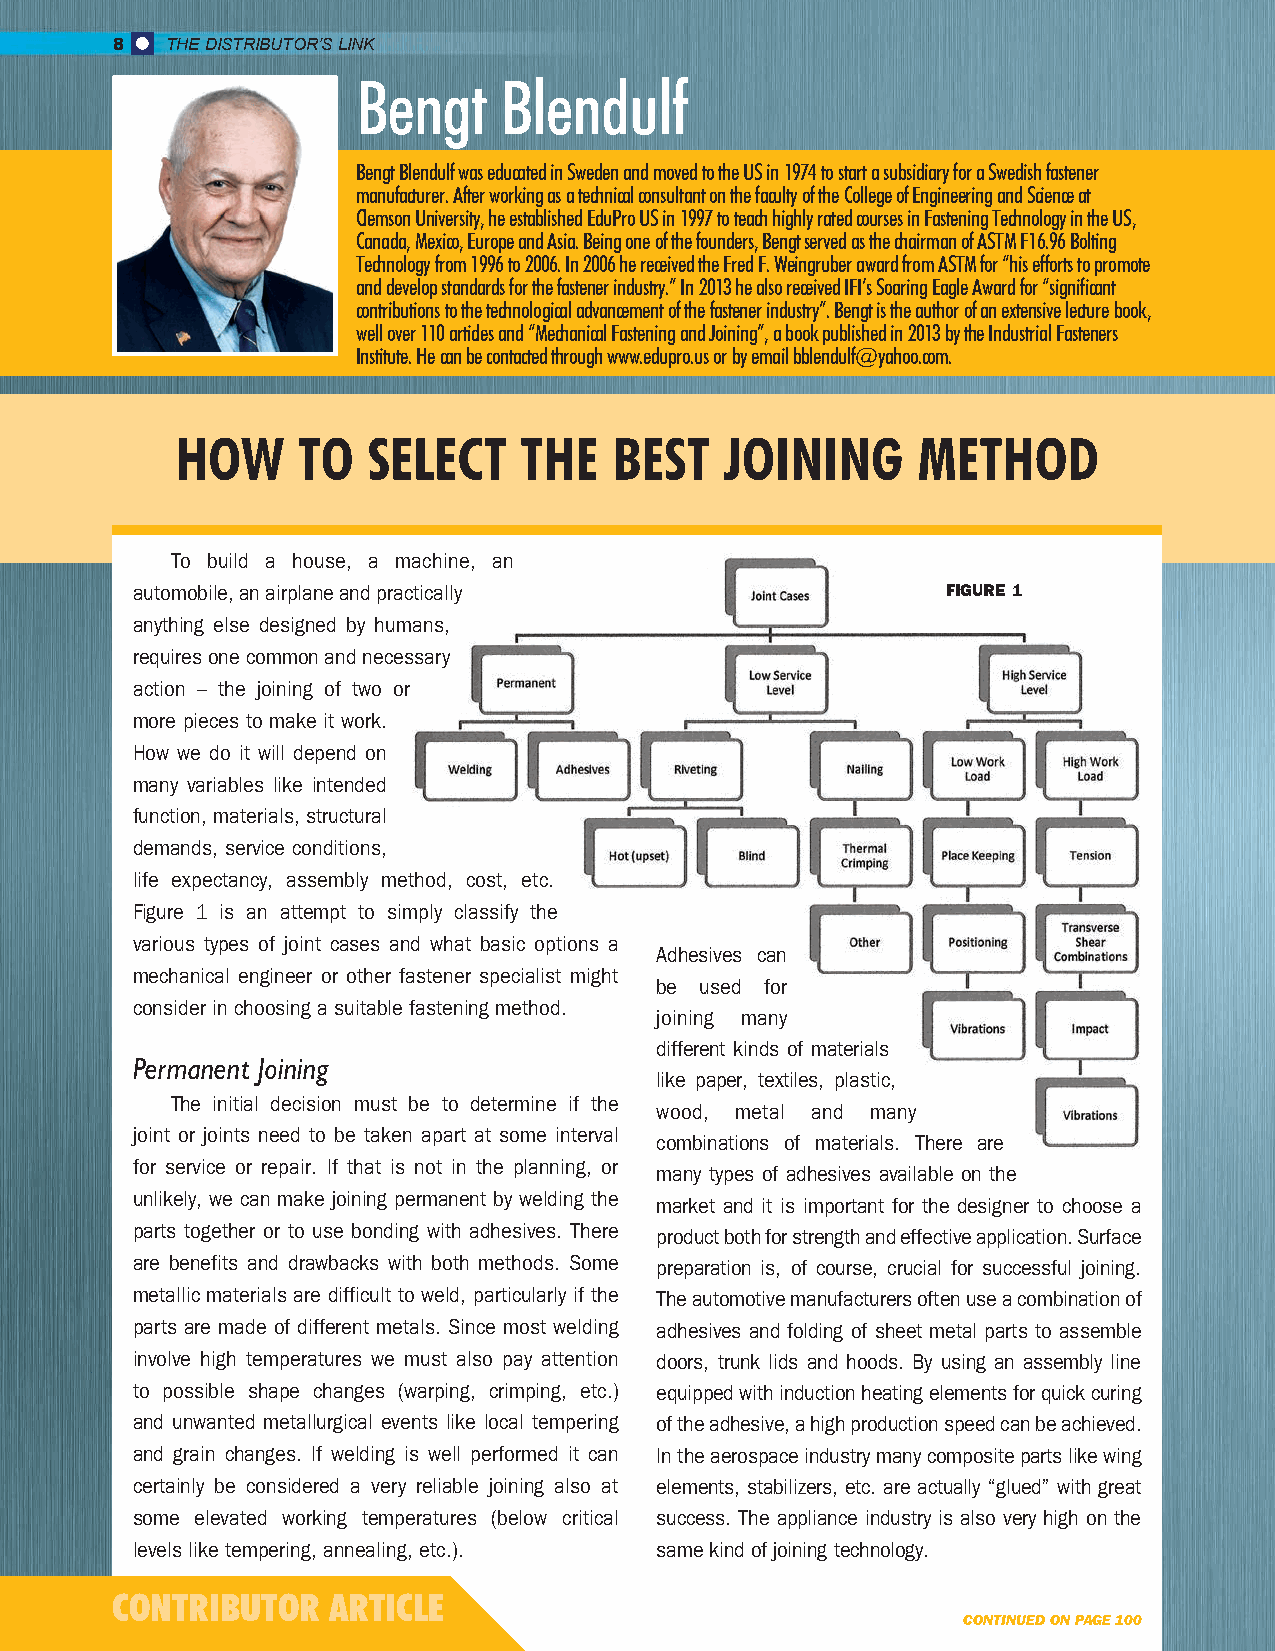
8   THE DISTRIBUTOR’S LINK
 Bengt    Blendulf
 Bengt Blendulf was educated in Sweden and moved to the US in 1974 to start a subsidiary for a Swedish fastener
 manufacturer. After working as a technical consultant on the faculty of the College of Engineering and Science at
 Clemson University, he established EduPro US in 1997 to teach highly rated courses in Fastening Technology in the US,
 Canada, Mexico, Europe and Asia. Being one of the founders, Bengt served as the chairman of ASTM F16.96 Bolting
 Technology from 1996 to 2006. In 2006 he received the Fred F. Weingruber award from ASTM for “his efforts to promote
 and develop standards for the fastener industry.” In 2013 he also received IFI’s Soaring Eagle Award for “significant
 contributions to the technological advancement of the fastener industry”. Bengt is the author of an extensive lecture book,
 well over 110 articles and “Mechanical Fastening and Joining”, a book published in 2013 by the Industrial Fasteners
 Institute. He can be contacted through www.edupro.us or by email bblendulf@yahoo.com.
 HOW     TO  SELECT    THE    BEST   JOINING      METHOD
 To build a house, a machine, an
 automobile, an airplane and practically               FIGURE 1
 anything else designed by humans,
 requires one common and necessary
 action – the joining of two or
 more pieces to make it work.
 How we do it will depend on
 many variables like intended
 function, materials, structural
 demands, service conditions,
 life expectancy, assembly method, cost, etc.
 Figure 1 is an attempt to simply classify the
 various types of joint cases and what basic options a
 Adhesives can
 mechanical engineer or other fastener specialist might
 be used for
 consider in choosing a suitable fastening method.
 joining many
 different kinds of materials
 Permanent Joining
 like paper, textiles, plastic,
 The initial decision must be to determine if the
 wood, metal and many
 joint or joints need to be taken apart at some interval
 combinations of materials. There are
 for service or repair. If that is not in the planning, or
 many types of adhesives available on the
 unlikely, we can make joining permanent by welding the
 market and it is important for the designer to choose a
 parts together or to use bonding with adhesives. There product both for strength and effective application. Surface
 are benefits and drawbacks with both methods. Some preparation is, of course, crucial for successful joining.
 metallic materials are difficult to weld, particularly if the The automotive manufacturers often use a combination of
 parts are made of different metals. Since most welding adhesives and folding of sheet metal parts to assemble
 involve high temperatures we must also pay attention doors, trunk lids and hoods. By using an assembly line
 to possible shape changes (warping, crimping, etc.) equipped with induction heating elements for quick curing
 and unwanted metallurgical events like local tempering of the adhesive, a high production speed can be achieved.
 and grain changes. If welding is well performed it can In the aerospace industry many composite parts like wing
 certainly be considered a very reliable joining also at elements, stabilizers, etc. are actually “glued” with great
 some elevated working temperatures (below critical success. The appliance industry is also very high on the
 levels like tempering, annealing, etc.). same kind of joining technology.
 CONTRIBUTOR    ARTICLE
 CONTINUED ON PAGE 100